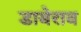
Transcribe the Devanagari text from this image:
डाबेराव